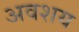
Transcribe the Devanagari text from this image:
अवशय